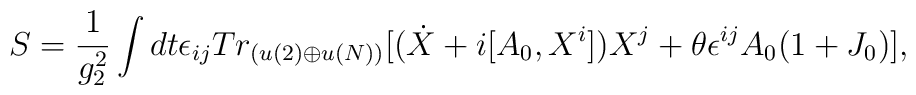
S=\frac{1}{g^{2}_{2}}\int dt \epsilon_{ij}Tr_{(u(2)\oplus u(N))}\lbrack(\dot{X}+i[A_{0},X^{i}])X^{j}+\theta\epsilon^{ij}A_{0}(1+J_{0})\rbrack,